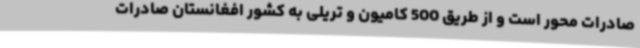
صادرات محور است و از طریق 500 کامیون و تریلی به کشور افغانستان صادرات